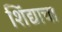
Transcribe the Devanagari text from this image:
शिंद्याचा